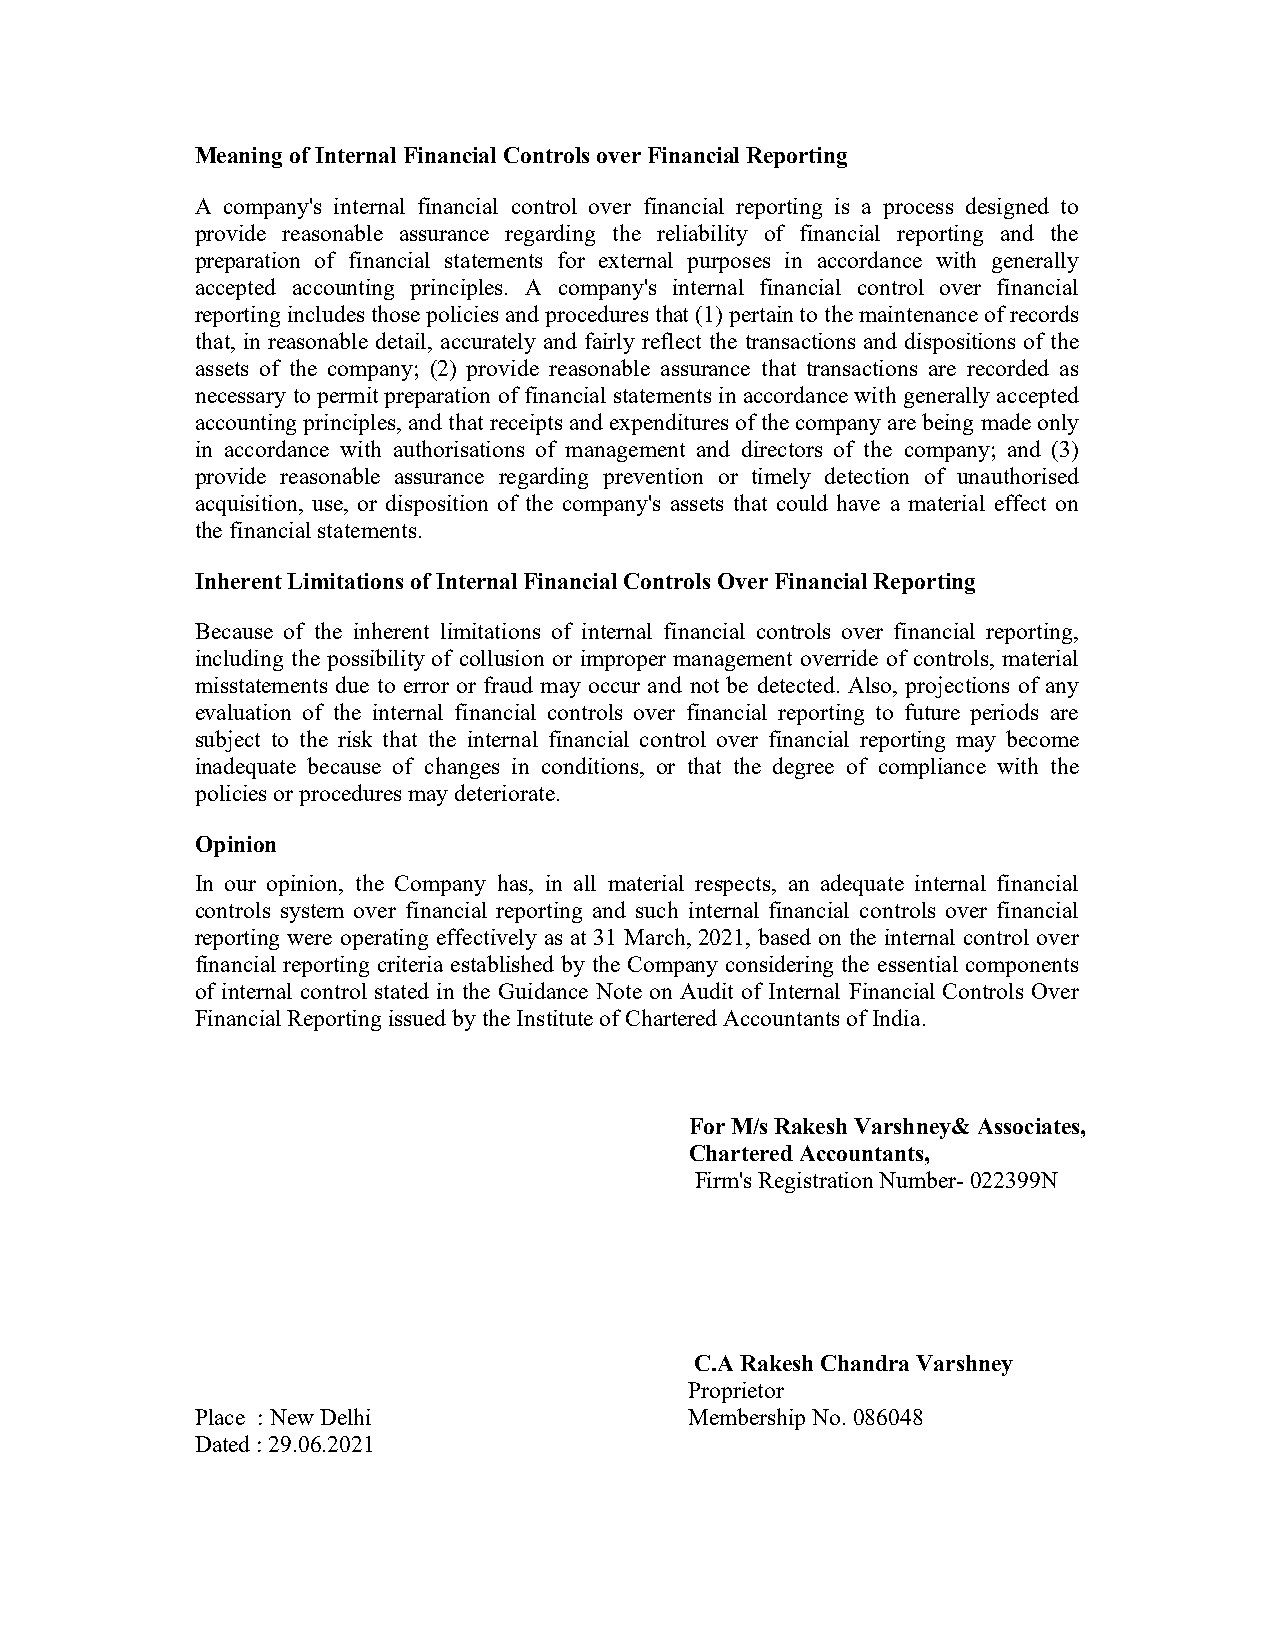
Meaning of Internal Financial Controls over Financial Reporting
 A company's internal financial control over financial reporting is a process designed to
 provide reasonable assurance regarding the reliability of financial reporting and the
 preparation of financial statements for external purposes in accordance with generally
 accepted accounting principles. A company's internal financial control over financial
 reporting includes those policies and procedures that (1) pertain to the maintenance of records
 that, in reasonable detail, accurately and fairly reflect the transactions and dispositions of the
 assets of the company; (2) provide reasonable assurance that transactions are recorded as
 necessary to permit preparation of financial statements in accordance with generally accepted
 accounting principles, and that receipts and expenditures of the company are being made only
 in accordance with authorisations of management and directors of the company; and (3)
 provide reasonable assurance regarding prevention or timely detection of unauthorised
 acquisition, use, or disposition of the company's assets that could have a material effect on
 the financial statements.
 Inherent Limitations of Internal Financial Controls Over Financial Reporting
 Because of the inherent limitations of internal financial controls over financial reporting,
 including the possibility of collusion or improper management override of controls, material
 misstatements due to error or fraud may occur and not be detected. Also, projections of any
 evaluation of the internal financial controls over financial reporting to future periods are
 subject to the risk that the internal financial control over financial reporting may become
 inadequate because of changes in conditions, or that the degree of compliance with the
 policies or procedures may deteriorate.
 Opinion
 In our opinion, the Company has, in all material respects, an adequate internal financial
 controls system over financial reporting and such internal financial controls over financial
 reporting were operating effectively as at 31 March, 2021, based on the internal control over
 financial reporting criteria established by the Company considering the essential components
 of internal control stated in the Guidance Note on Audit of Internal Financial Controls Over
 Financial Reporting issued by the Institute of Chartered Accountants of India.
 For M/s Rakesh Varshney& Associates,
 Chartered Accountants,
 Firm's Registration Number- 022399N
 C.A Rakesh Chandra Varshney
 Proprietor
 Place : New Delhi                Membership No. 086048
 Dated : 29.06.2021